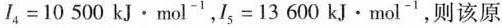
$$l _ { 4 } = 1 0 5 0 0$$ kJ·mol^{-1}，$$I _ { 5 } = 1 3 6 0 0 $$ kJ·mol^{-1}，则该原